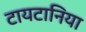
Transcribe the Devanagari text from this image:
टायटानिया